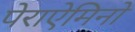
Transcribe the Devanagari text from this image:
पेराऐमिनो